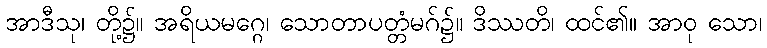
အာဒီသု၊ တို့၌။ အရိယမဂ္ဂေ၊ သောတာပတ္တံမဂ်၌။ ဒိဿတိ၊ ထင်၏။ အာဝု သော၊